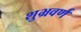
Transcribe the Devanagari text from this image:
शुभ्रवर्ण